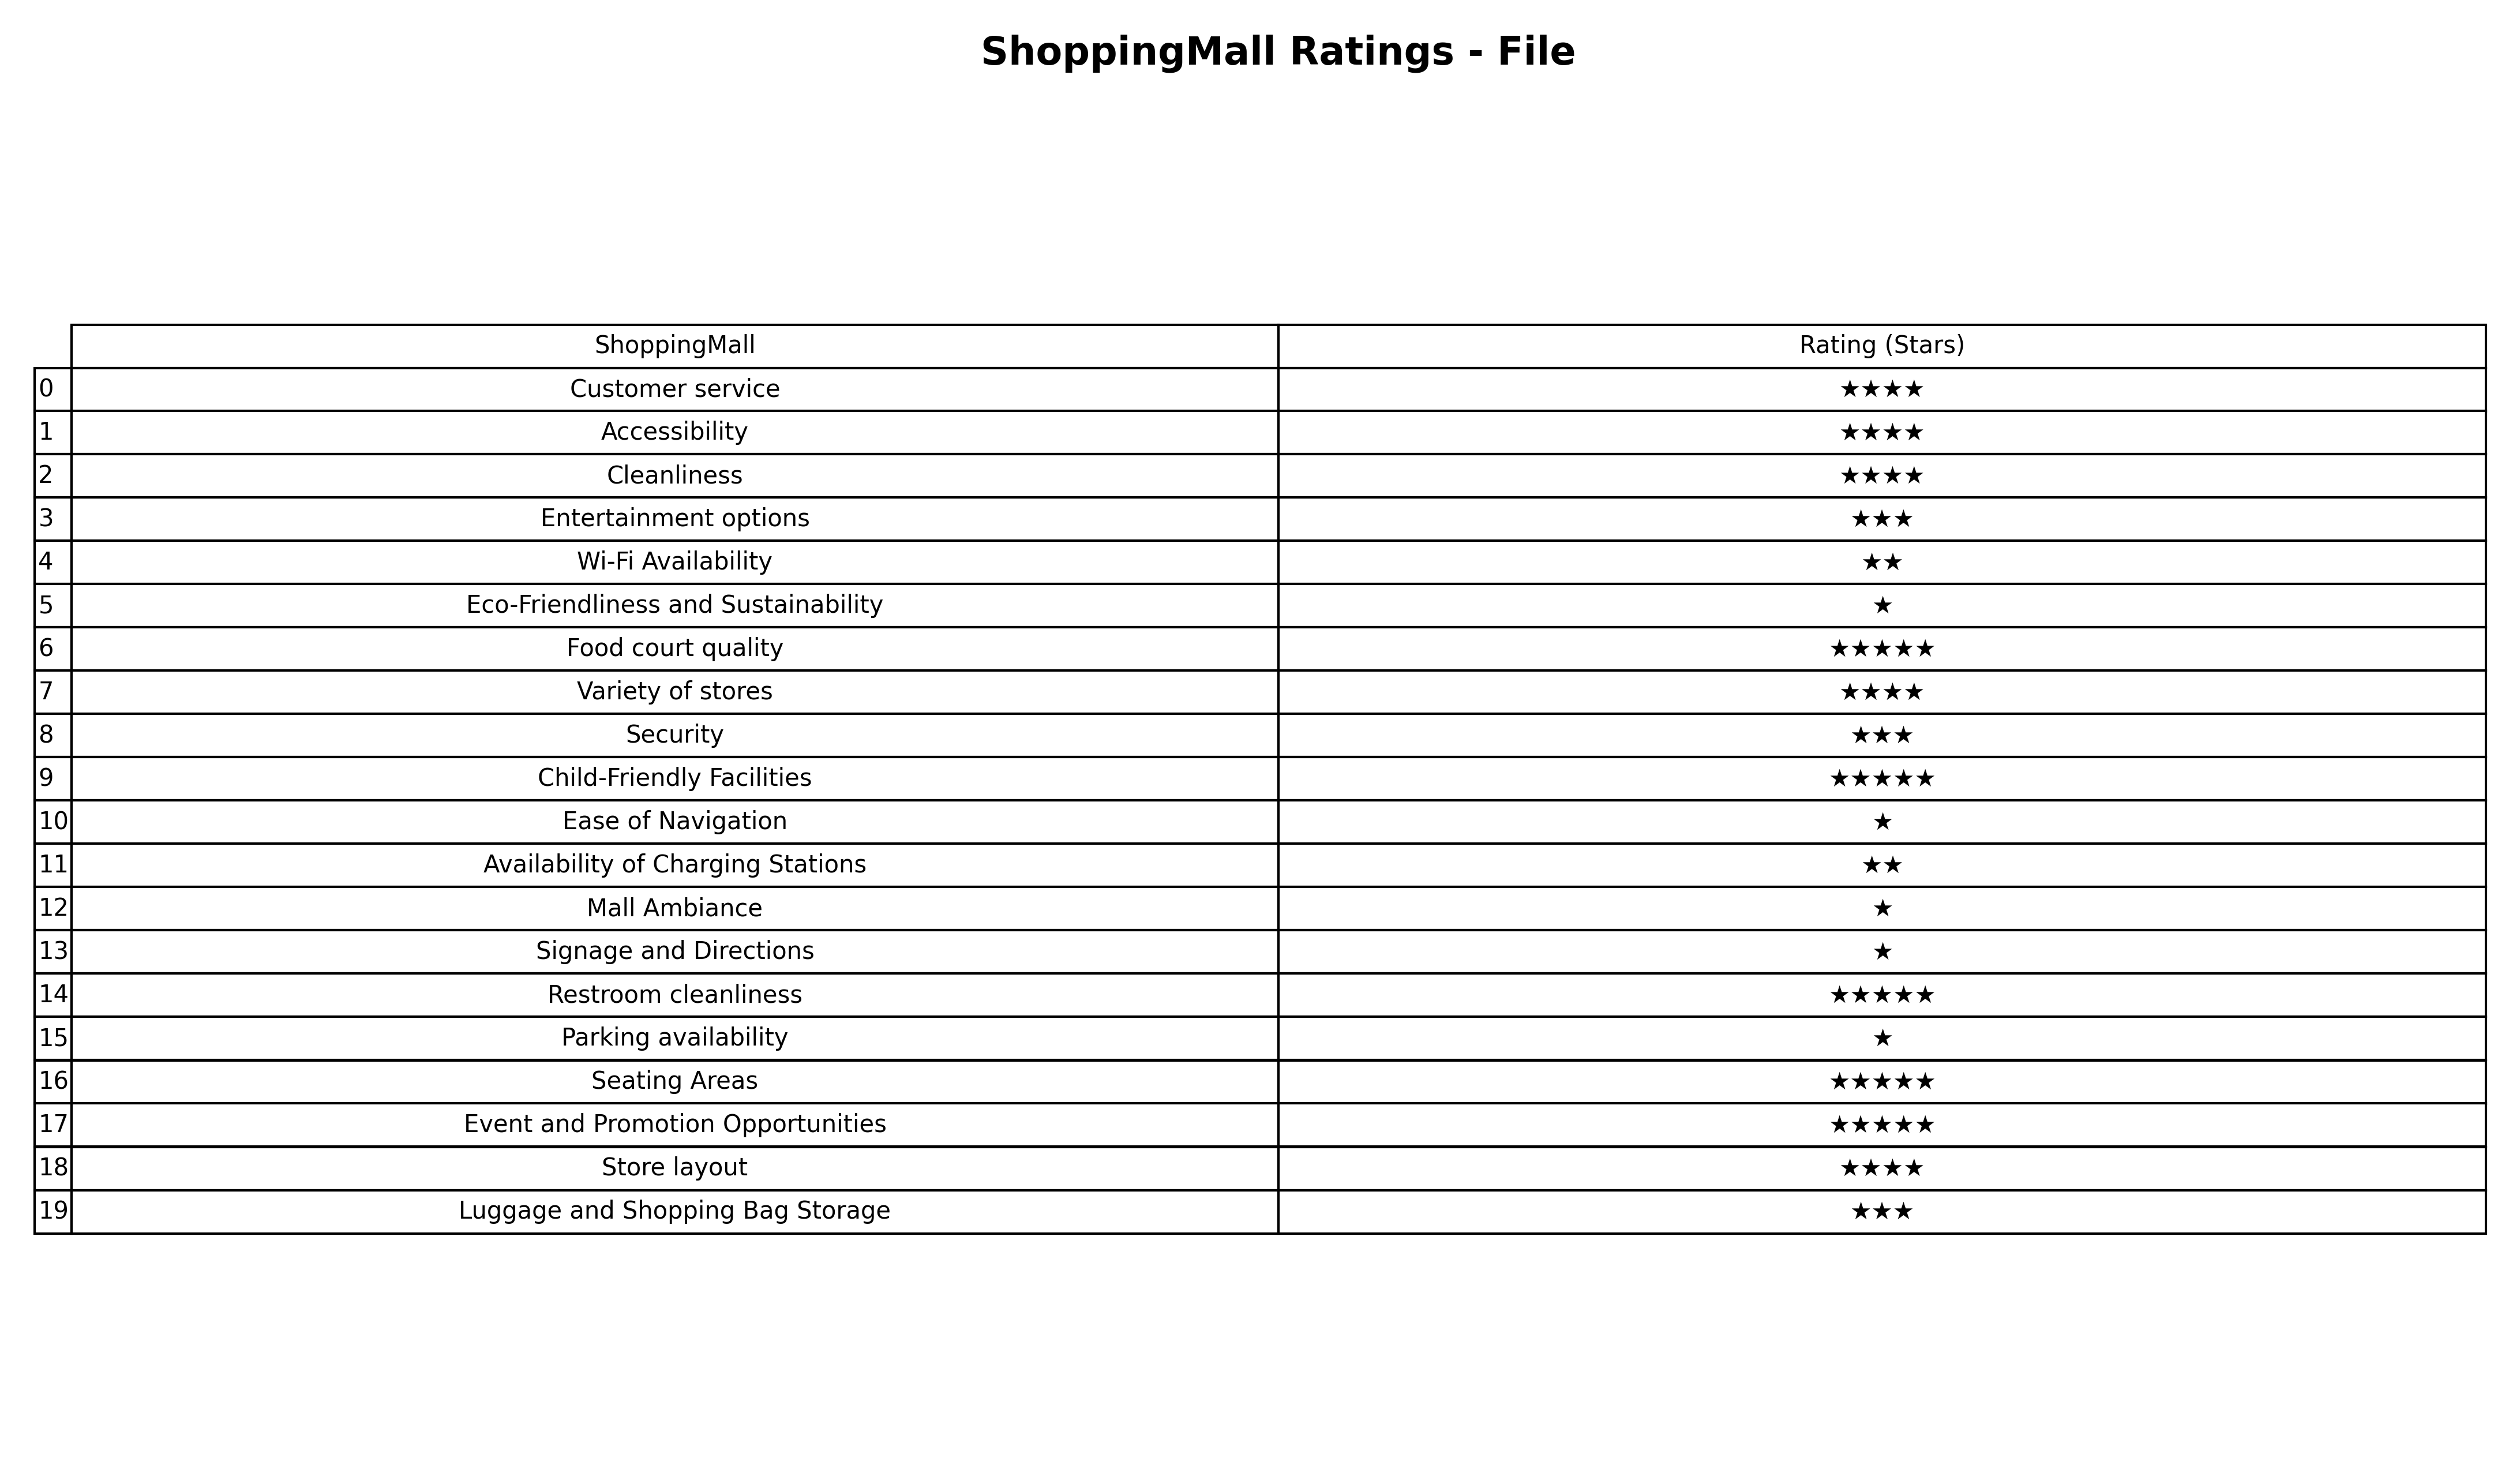
question: What are highest rating services?
answer: Customer serviceAccessibilityCleanlinessVariety of storesStore layout